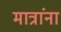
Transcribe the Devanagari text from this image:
मात्रांना